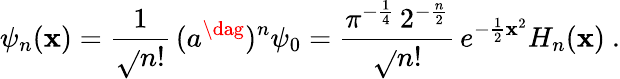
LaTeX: \psi_{n}(\mathbf{x})=\frac{1}{{\sqrt{}{{n!}}}}\, (a^{\dag})^{n}\psi_{0}=\frac{{\pi^{-\frac{{1}}{{4}}}\, 2^{-\frac{{n}}{{2}}}}}{{\sqrt{}{{n!}}}}\, e^{-\frac{{1}}{{2}}\mathbf{x}^{2}}H_{n}(\mathbf{x})\ .